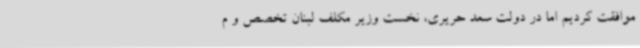
موافقت کردیم اما در دولت سعد حریری، نخست وزیر مکلف لبنان تخصص و م